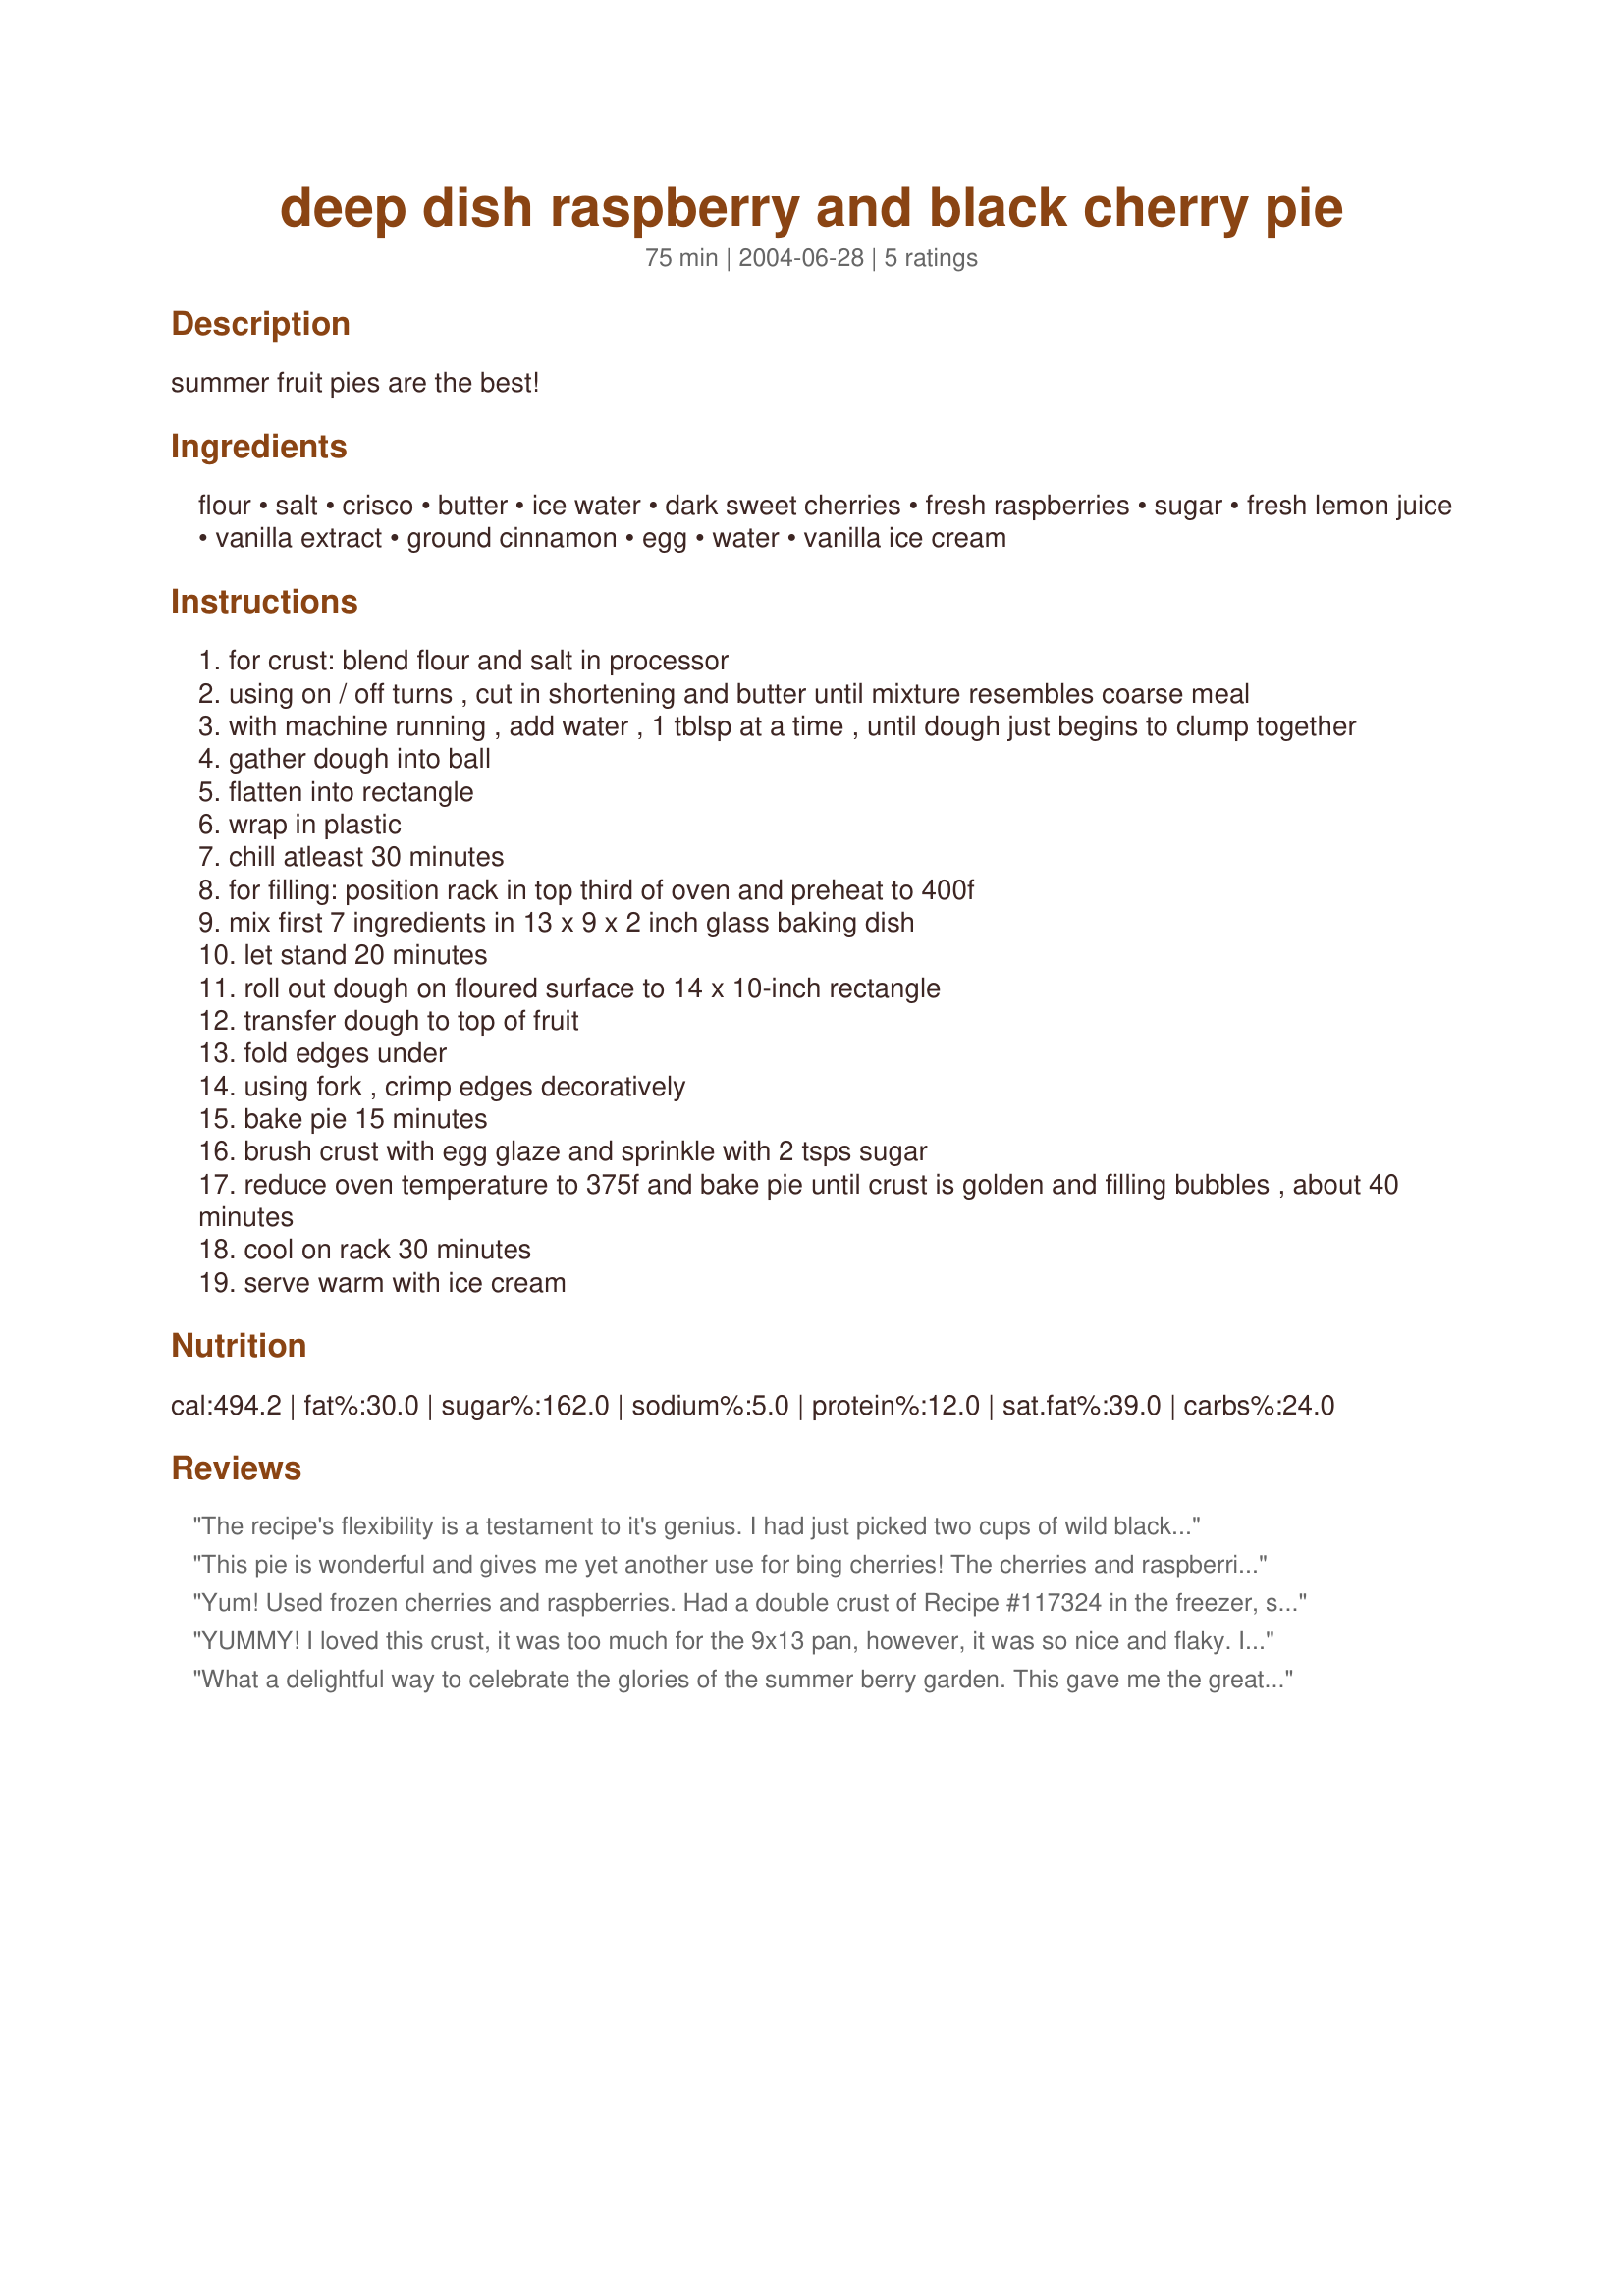
deep dish raspberry and black cherry pie
Preparation time: 75 minutes

summer fruit pies are the best!

Ingredients:
flour, salt, crisco, butter, ice water, dark sweet cherries, fresh raspberries, sugar, fresh lemon juice, vanilla extract, ground cinnamon, egg, water, vanilla ice cream

Steps:
for crust: blend flour and salt in processor
using on / off turns , cut in shortening and butter until mixture resembles coarse meal
with machine running , add water , 1 tblsp at a time , until dough just begins to clump together
gather dough into ball
flatten into rectangle
wrap in plastic
chill atleast 30 minutes
for filling: position rack in top third of oven and preheat to 400f
mix first 7 ingredients in 13 x 9 x 2 inch glass baking dish
let stand 20 minutes
roll out dough on floured surface to 14 x 10-inch rectangle
transfer dough to top of fruit
fold edges under
using fork , crimp edges decoratively
bake pie 15 minutes
brush crust with egg glaze and sprinkle with 2 tsps sugar
reduce oven temperature to 375f and bake pie until crust is golden and filling bubbles , about 40 minutes
cool on rack 30 minutes
serve warm with ice cream

Reviews:
The recipe's flexibility is a testament to it's genius. I had just picked two cups of wild black raspberries and was looking to use them in something immediately. I'm always short on ingredients, but happened to have a can of cherry pie filling on hand, so I cut the sugar in half, substituted pineapple juice for the lemon, and used whole wheat flour and all butter for the crust. It was divine, and I had just enough filling for one deep-dish double-crust pie. The ratio of acidic to sweet flavors in this is brilliant -- will be using this as a staple recipe for years to come. Thanks!!!
This pie is wonderful and gives me yet another use for bing cherries! The cherries and raspberries contrast each other beautifully and the crust is so nice and flaky. I used frozen raspberries as my grocer was out of fresh and it probably worked out cheaper for me. I will certainly be making this pie again!
Yum! Used frozen cherries and raspberries. Had a double crust of Recipe #117324 in the freezer, so used that on top instead of making the crust in the recipe. The vanilla was a nice touch. We love fruit desserts and this cobbler was a great combination! Thanks for sharing the recipe!
YUMMY! I loved this crust, it was too much for the 9x13 pan, however, it was so nice and flaky. I will keep this for future pie recipes.
I was a little short on the frozen dark cherries, so I put some frozen blackberries & frozen blueberries to equal the difference I needed. LOVED this! SO GOOD. Thanks for posting & inspiring a 4 fruit pie :) Update; Made this again (FYI)- You can fit this in two deep dish pie pans nicely and still have a little extra crust left over.
What a delightful way to celebrate the glories of the summer berry garden. This gave me the greatest satisfaction in picking and preparing my own fruit. The results were well worth the effort. This pie is perfectly sweetened and a very attractive presentation although I didn't cut straight edges or flute the crust, preferring to leave it rather rustic. I didn't and wouldn't change a thing. This is going to be a yearly tradition at our house. Thanks, evelyn.
